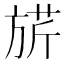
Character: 𣄄